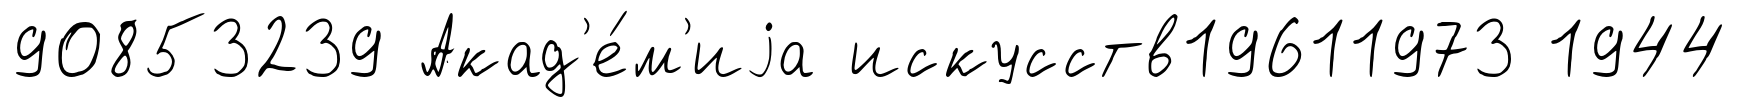
90853239 Акад'е́м'иjа искусств19611973 1944